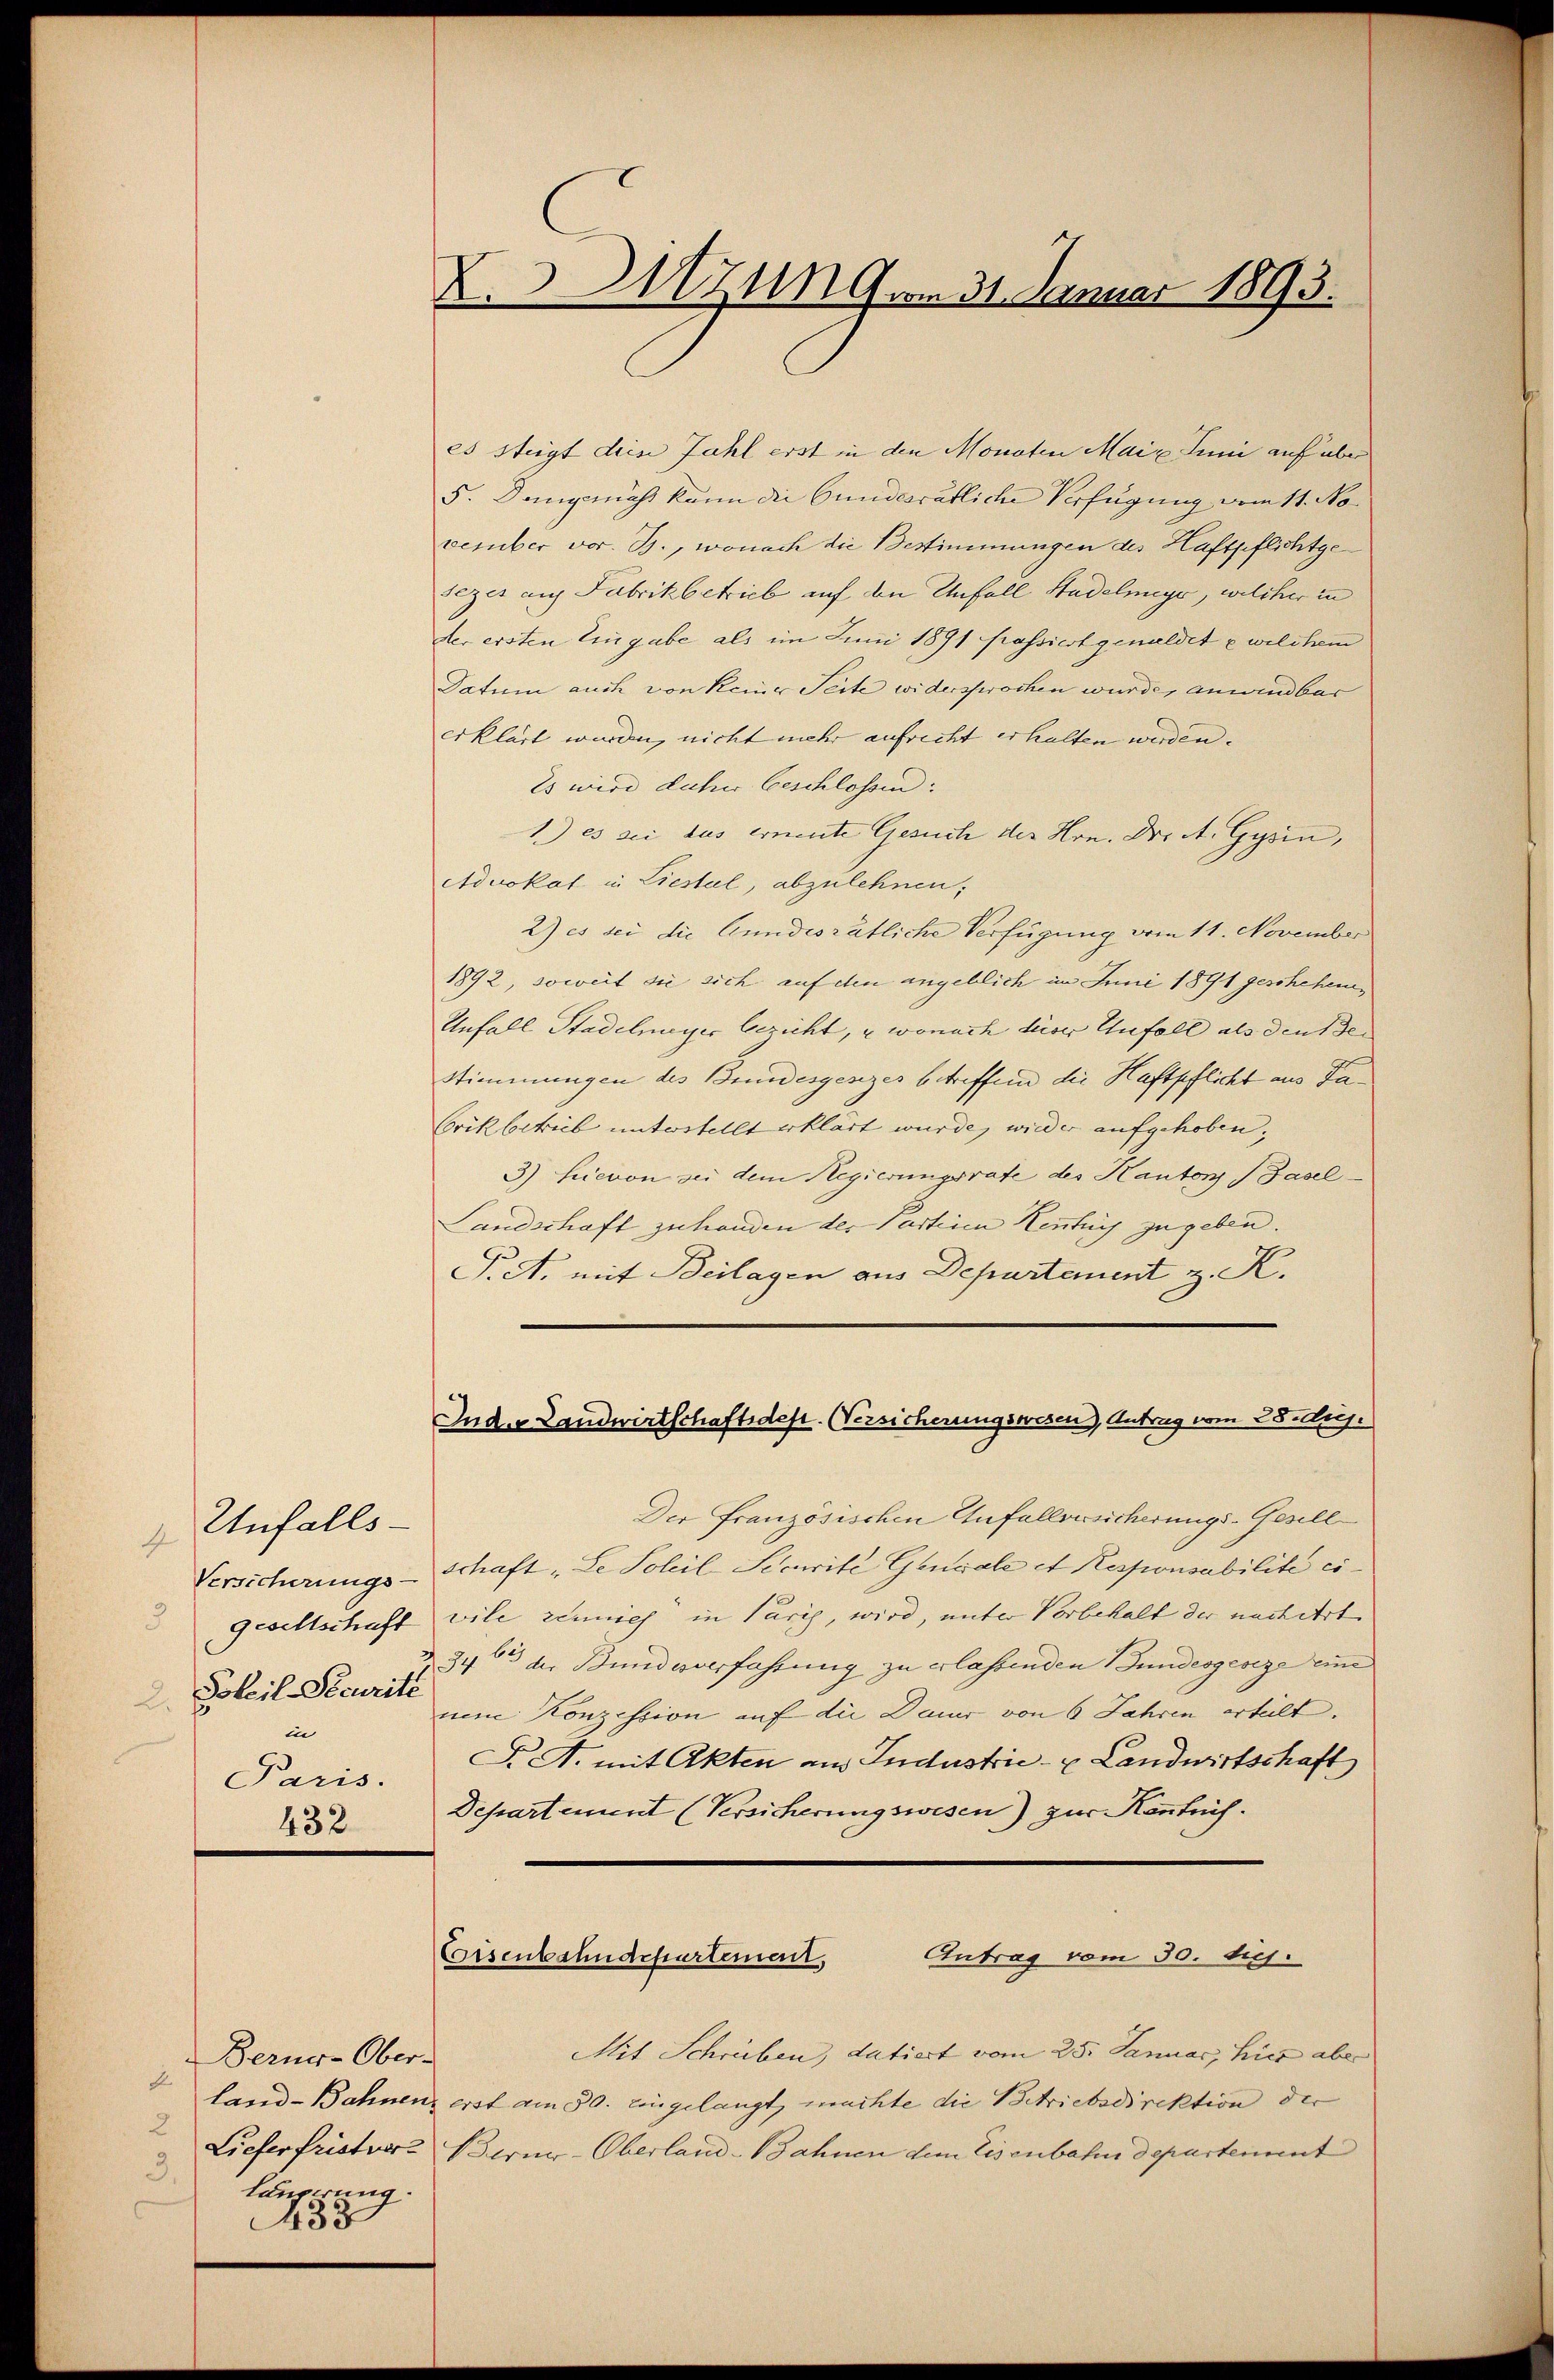
Unfalls-
4
Versicherungs-
Soleil-Securité
2.
in
Paris.

432

Berner-Ober-
E
2
3.
Läuperung.
43:

zung am 31. Januar 1893.

es steigt dien Zahl erst in den Monaten Mai l. Juni auf über
5. Demgemäss kann die bundesrätliche Verfügung vom 11. November vor. B., wonach die Bestimmungen des Haftpflichtgetezer auf Fabrikbetrieb auf den Unfall Stadelmeyer, welcher in
der ersten Eingabe als im Juni 1891 passiert genaldet u welchem
Datum auch von keiner Seite widerswochen wurde, anwendbar
erklärt wurden, nicht mehr aufrecht erhalten werden.
Es wird daher Geschlossen:
1.) es sei das ernente Gesuch der Hrn. Dr. A. Gyrin,
Advokat in Liestal, abzulehnen;
2) es sei die Grundesrätliche Verfügung vom 11. November
1892, soweit die sich auf den angeblich im Juni 1891 geschehen,
Unfall Stadelmayer bezieht, & wonach dieser Unfall als den Be¬
Stimmungen des Bundesgesezes betreffend die Haftpflicht aus Fa¬
Crikbetrieb unterstellt erklärt wurde, wieder aufgehoben;
3.) Hievon sei dem Regierungsrate des Kantons Basel¬
Landschaft zu handen des Partinen Kenntnis zugeben.
Pct. mit Beilagen aus Departement, z. R.
Inder Landwirtschaftsdest. Versicherungswesen), Antrag vom 28 huj.
Der Französischen Anfallversicherungs-Gesell
schaft „Le Soleil Scarite Gensale et Responsabilité ci
Gesellschaft vile reich in Paris, wird, unter Vorbehalt der nachert
346 der Bund verfahrung zu erlassenden Bundesgeseze eine
ne Konzession auf die Dauer von 6 Jahren erteilt.
S. A. mit Akten am Industrie- u Landwirtschaft
Departement (Versicherungswesen) zur Kenntnis.

Eisenbahndepartement,
Antrag vom 30. Si

Mit Schreiben, datiert vom 25. Januar, hier aber
land-Bahnen, erst am 30. eingelangt, machte die Betriebsdirektion der
Lieferfristvers Berner-Oberland-Bahnen dem Eisenbahn departement